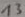
Text: 13